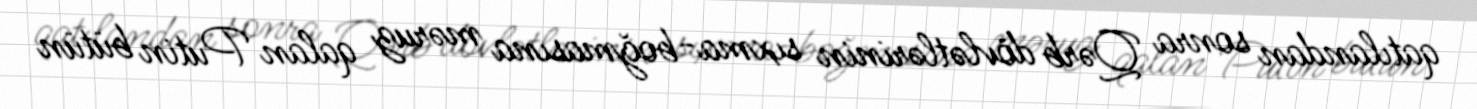
qatılandan sonra Qərb dövlətlərinin sıxma-boğmasına məruz qalan Putin bütün